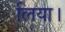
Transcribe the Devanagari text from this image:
लिया।